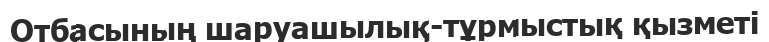
Отбасының шаруашылық-тұрмыстық қызметі